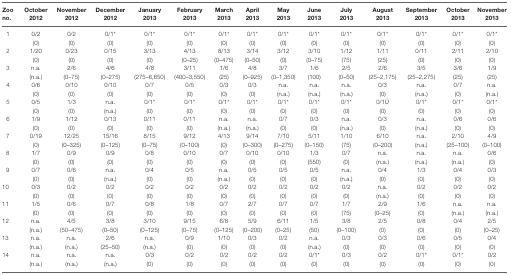
<table><thead><tr><td><b>Zoo no.</b></td><td><b>October 2012</b></td><td><b>November 2012</b></td><td><b>December 2012</b></td><td><b>January 2013</b></td><td><b>February 2013</b></td><td><b>March 2013</b></td><td><b>April 2013</b></td><td><b>May 2013</b></td><td><b>June 2013</b></td><td><b>July 2013</b></td><td><b>August 2013</b></td><td><b>September 2013</b></td><td><b>October 2013</b></td><td><b>November 2013</b></td></tr></thead><tbody><tr><td rowspan="2">1</td><td>0/2</td><td>0/2</td><td>0/1*</td><td>0/1*</td><td>0/1*</td><td>0/1*</td><td>0/1*</td><td>0/1*</td><td>0/1*</td><td>0/1*</td><td>0/1*</td><td>0/1*</td><td>0/1*</td><td>0/1*</td></tr><tr><td>(0)</td><td>(0)</td><td>(0)</td><td>(0)</td><td>(0)</td><td>(0)</td><td>(0)</td><td>(0)</td><td>(0)</td><td>(0)</td><td>(0)</td><td>(0)</td><td>(0)</td><td>(0)</td></tr><tr><td rowspan="2">2</td><td>1/20</td><td>0/23</td><td>0/15</td><td>3/13</td><td>4/13</td><td>8/13</td><td>3/14</td><td>3/12</td><td>3/10</td><td>1/12</td><td>1/11</td><td>0/11</td><td>2/11</td><td>2/10</td></tr><tr><td>(0)</td><td>(0)</td><td>(0)</td><td>(0)</td><td>(0–25)</td><td>(0–475)</td><td>(0–50)</td><td>(0)</td><td>(0–75)</td><td>(75)</td><td>(25)</td><td>(0)</td><td>(0)</td><td>(0)</td></tr><tr><td rowspan="2">3</td><td>n.a.</td><td>2/6</td><td>4/6</td><td>4/8</td><td>3/11</td><td>1/6</td><td>4/8</td><td>3/7</td><td>1/6</td><td>2/5</td><td>2/6</td><td>3/5</td><td>3/6</td><td>1/9</td></tr><tr><td>(n.a.)</td><td>(0–75)</td><td>(0–275)</td><td>(275–6,650)</td><td>(400–3,550)</td><td>(25)</td><td>(0–925)</td><td>(0–1,350)</td><td>(100)</td><td>(0–50)</td><td>(25–2,175)</td><td>(25–2,275)</td><td>(25)</td><td>(25)</td></tr><tr><td rowspan="2">4</td><td>0/6</td><td>0/10</td><td>0/10</td><td>0/7</td><td>0/5</td><td>0/3</td><td>0/3</td><td>n.a.</td><td>n.a.</td><td>n.a.</td><td>0/3</td><td>n.a.</td><td>0/7</td><td>n.a.</td></tr><tr><td>(0)</td><td>(0)</td><td>(0)</td><td>(0)</td><td>(0)</td><td>(0)</td><td>(0)</td><td>(n.a.)</td><td>(n.a.)</td><td>(n.a.)</td><td>(0)</td><td>(n.a.)</td><td>(0)</td><td>(n.a.)</td></tr><tr><td rowspan="2">5</td><td>0/5</td><td>1/3</td><td>n.a.</td><td>0/1*</td><td>0/1*</td><td>0/1*</td><td>0/1*</td><td>0/1*</td><td>0/1*</td><td>0/1*</td><td>0/1Ü</td><td>0/1*</td><td>0/1*</td><td>0/1*</td></tr><tr><td>(0)</td><td>(0)</td><td>(n.a.)</td><td>(0)</td><td>(0)</td><td>(0)</td><td>(0)</td><td>(0)</td><td>(0)</td><td>(0)</td><td>(0)</td><td>(0)</td><td>(0)</td><td>(0)</td></tr><tr><td rowspan="2">6</td><td>1/9</td><td>1/12</td><td>0/13</td><td>0/11</td><td>0/11</td><td>n.a.</td><td>n.a.</td><td>0/7</td><td>0/3</td><td>n.a.</td><td>0/3</td><td>n.a.</td><td>0/6</td><td>0/6</td></tr><tr><td>(0)</td><td>(0)</td><td>(0)</td><td>(0)</td><td>(0)</td><td>(n.a.)</td><td>(n.a.)</td><td>(0)</td><td>(0)</td><td>(n.a.)</td><td>(0)</td><td>(n.a.)</td><td>(0)</td><td>(0)</td></tr><tr><td rowspan="2">7</td><td>0/19</td><td>12/25</td><td>15/16</td><td>8/15</td><td>9/12</td><td>4/13</td><td>9/14</td><td>7/10</td><td>5/11</td><td>1/10</td><td>6/10</td><td>n.a.</td><td>2/10</td><td>4/9</td></tr><tr><td>(0)</td><td>(0–325)</td><td>(0–125)</td><td>(0–75)</td><td>(0–100)</td><td>(0)</td><td>(0–300)</td><td>(0–275)</td><td>(0–150)</td><td>(75)</td><td>(0–200)</td><td>(n.a.)</td><td>(25–100)</td><td>(0–100)</td></tr><tr><td rowspan="2">8</td><td>1/7</td><td>0/9</td><td>0/9</td><td>0/8</td><td>0/10</td><td>0/7</td><td>0/10</td><td>0/10</td><td>1/3</td><td>0/7</td><td>n.a.</td><td>n.a.</td><td>n.a.</td><td>0/6</td></tr><tr><td>(0)</td><td>(0)</td><td>(0)</td><td>(0)</td><td>(0)</td><td>(0)</td><td>(0)</td><td>(0)</td><td>(550)</td><td>(0)</td><td>(n.a.)</td><td>(n.a.)</td><td>(n.a.)</td><td>(0)</td></tr><tr><td rowspan="2">9</td><td>0/7</td><td>0/6</td><td>n.a.</td><td>0/4</td><td>0/5</td><td>n.a.</td><td>0/5</td><td>0/5</td><td>0/5</td><td>n.a.</td><td>0/4</td><td>1/3</td><td>0/4</td><td>0/3</td></tr><tr><td>(0)</td><td>(0)</td><td>(n.a.)</td><td>(0)</td><td>(0)</td><td>(n.a.)</td><td>(0)</td><td>(0)</td><td>(0)</td><td>(n.a.)</td><td>(0)</td><td>(0)</td><td>(0)</td><td>(0)</td></tr><tr><td rowspan="2">10</td><td>0/3</td><td>0/2</td><td>0/2</td><td>0/2</td><td>0/2</td><td>0/2</td><td>0/2</td><td>0/2</td><td>0/2</td><td>0/2</td><td>n.a.</td><td>0/2</td><td>0/2</td><td>0/2</td></tr><tr><td>(0)</td><td>(0)</td><td>(0)</td><td>(0)</td><td>(0)</td><td>(0)</td><td>(0)</td><td>(0)</td><td>(0)</td><td>(0)</td><td>(n.a.)</td><td>(0)</td><td>(0)</td><td>(0)</td></tr><tr><td rowspan="2">11</td><td>1/5</td><td>0/6</td><td>0/7</td><td>0/8</td><td>1/8</td><td>0/7</td><td>2/7</td><td>0/7</td><td>0/7</td><td>1/7</td><td>2/9</td><td>1/6</td><td>n.a.</td><td>n.a.</td></tr><tr><td>(0)</td><td>(0)</td><td>(0)</td><td>(0)</td><td>(0)</td><td>(0)</td><td>(0)</td><td>(0)</td><td>(0)</td><td>(75)</td><td>(0–25)</td><td>(0)</td><td>(n.a.)</td><td>(n.a.)</td></tr><tr><td rowspan="2">12</td><td>n.a.</td><td>4/5</td><td>3/8</td><td>3/10</td><td>9/15</td><td>6/8</td><td>5/9</td><td>6/11</td><td>1/5</td><td>3/8</td><td>2/5</td><td>0/8</td><td>0/4</td><td>2/5</td></tr><tr><td>(n.a.)</td><td>(50–475)</td><td>(0–50)</td><td>(0–125)</td><td>(0–75)</td><td>(0–125)</td><td>(0–200)</td><td>(0–25)</td><td>(50)</td><td>(0–100)</td><td>(0)</td><td>(0)</td><td>(0)</td><td>(0–25)</td></tr><tr><td rowspan="2">13</td><td>n.a.</td><td>n.a.</td><td>2/6</td><td>n.a.</td><td>0/9</td><td>1/10</td><td>0/3</td><td>0/2</td><td>n.a.</td><td>0/3</td><td>0/3</td><td>0/6</td><td>0/5</td><td>0/4</td></tr><tr><td>(n.a.)</td><td>(n.a.)</td><td>(25–50)</td><td>(n.a.)</td><td>(0)</td><td>(0)</td><td>(0)</td><td>(0)</td><td>(n.a.)</td><td>(0)</td><td>(0)</td><td>(0)</td><td>(0)</td><td>(0)</td></tr><tr><td rowspan="2">14</td><td>n.a.</td><td>n.a.</td><td>n.a.</td><td>0/3</td><td>0/2</td><td>0/2</td><td>0/2</td><td>0/2</td><td>0/1*</td><td>0/3</td><td>0/2</td><td>0/1*</td><td>0/1*</td><td>0/2</td></tr><tr><td>(n.a.)</td><td>(n.a.)</td><td>(n.a.)</td><td>(0)</td><td>(0)</td><td>(0)</td><td>(0)</td><td>(0)</td><td>(0)</td><td>(0)</td><td>(0)</td><td>(0)</td><td>(0)</td><td>(0)</td></tr></tbody></table>